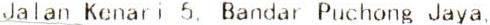
JALAN KENARI 5, BANDAR PUCHONG JAYA,